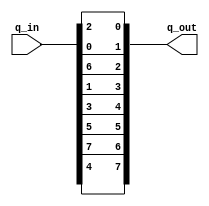
//module box_6(input: ([7:0]q_in, [7:0]q_out); 

module box_6(
	input		[7:0]q_in, 
	output	[7:0]q_out); 
	
	assign q_out = {q_in[4], q_in[7], q_in[5], q_in[3], q_in[1], q_in[6], q_in[0], q_in[2]}; 
	
endmodule